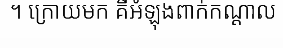
។ ក្រោយមក គឺអំឡុងពាក់កណ្តាល